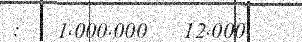
:   1